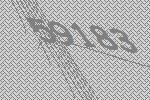
59183